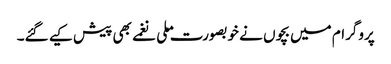
پروگرام میں بچوں نے خوبصورت ملی نغمے بھی پیش کیے گئے۔